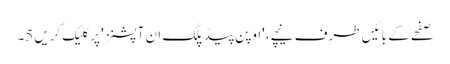
صفحے کے بائیں طرف نیچے، 'اوپن پیڈ پلگ ان آپشنز' پر کلیک کریں5۔